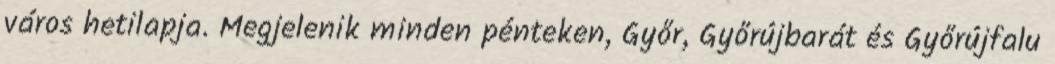
város hetilapja. Megjelenik minden pénteken, Győr, Győrújbarát és Győrújfalu